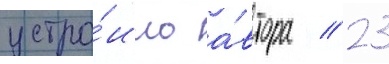
устро́ило а́втора // 23